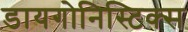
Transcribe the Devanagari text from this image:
डायगोनिस्टिक्‍स